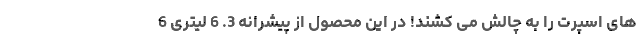
های اسپرت را به چالش می کشند! در این محصول از پیشرانه 3. 6 لیتری 6